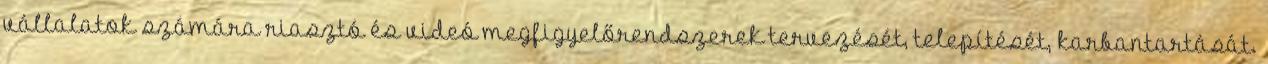
vállalatok számára riasztó és videó megfigyelőrendszerek tervezését, telepítését, karbantartását.